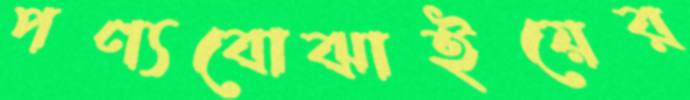
পণ্যবোঝাইয়ের